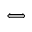
\Longleftrightarrow